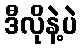
ဒီလိုနဲ့ပဲ